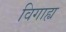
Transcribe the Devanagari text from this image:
विगाह्य